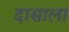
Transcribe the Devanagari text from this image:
दासाला